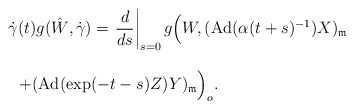
\begin{align*} \begin{array}{lll}&& \dot{\gamma}(t)g(\hat{W},\dot{\gamma})=\displaystyle{\left.\frac{d}{ds}\right|_{s=0}g\Big(W, (\operatorname{Ad}(\alpha(t+s)^{-1})X)_{\frak{m}}}\ \\\\&&\ \ +\displaystyle{(\operatorname{Ad}(\exp (-t-s)Z)Y)_{\frak{m}}\Big)_o}.\end{array} \end{align*}